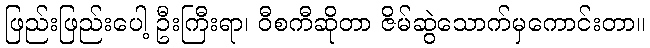
ဖြည်းဖြည်းပေါ့ ဦးကြီးရာ၊ ဝီစကီဆိုတာ ဇိမ်ဆွဲသောက်မှကောင်းတာ။